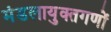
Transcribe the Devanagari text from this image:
मंडलायुक्तगणों